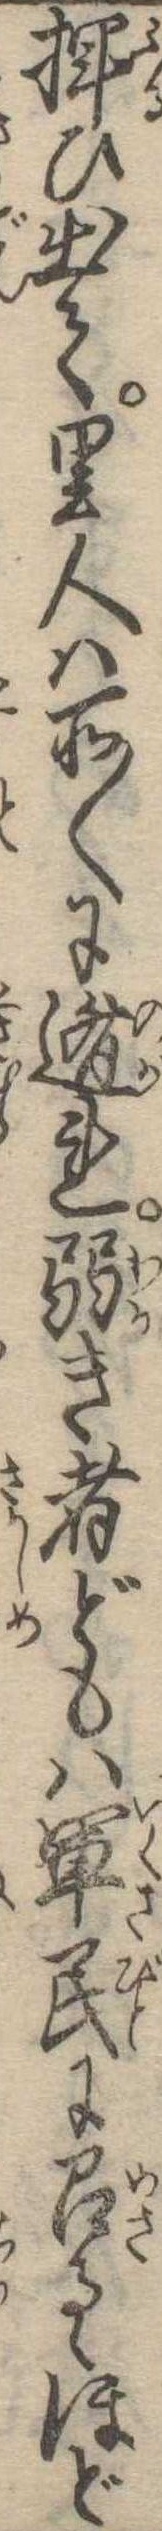
揮ひ出て里人は所〱に遁れ弱き者どもは軍民に召るゝほど